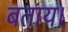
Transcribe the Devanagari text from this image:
बताय।